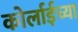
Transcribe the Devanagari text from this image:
कोर्लाईच्या